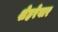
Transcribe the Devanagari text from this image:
शेहरेवार